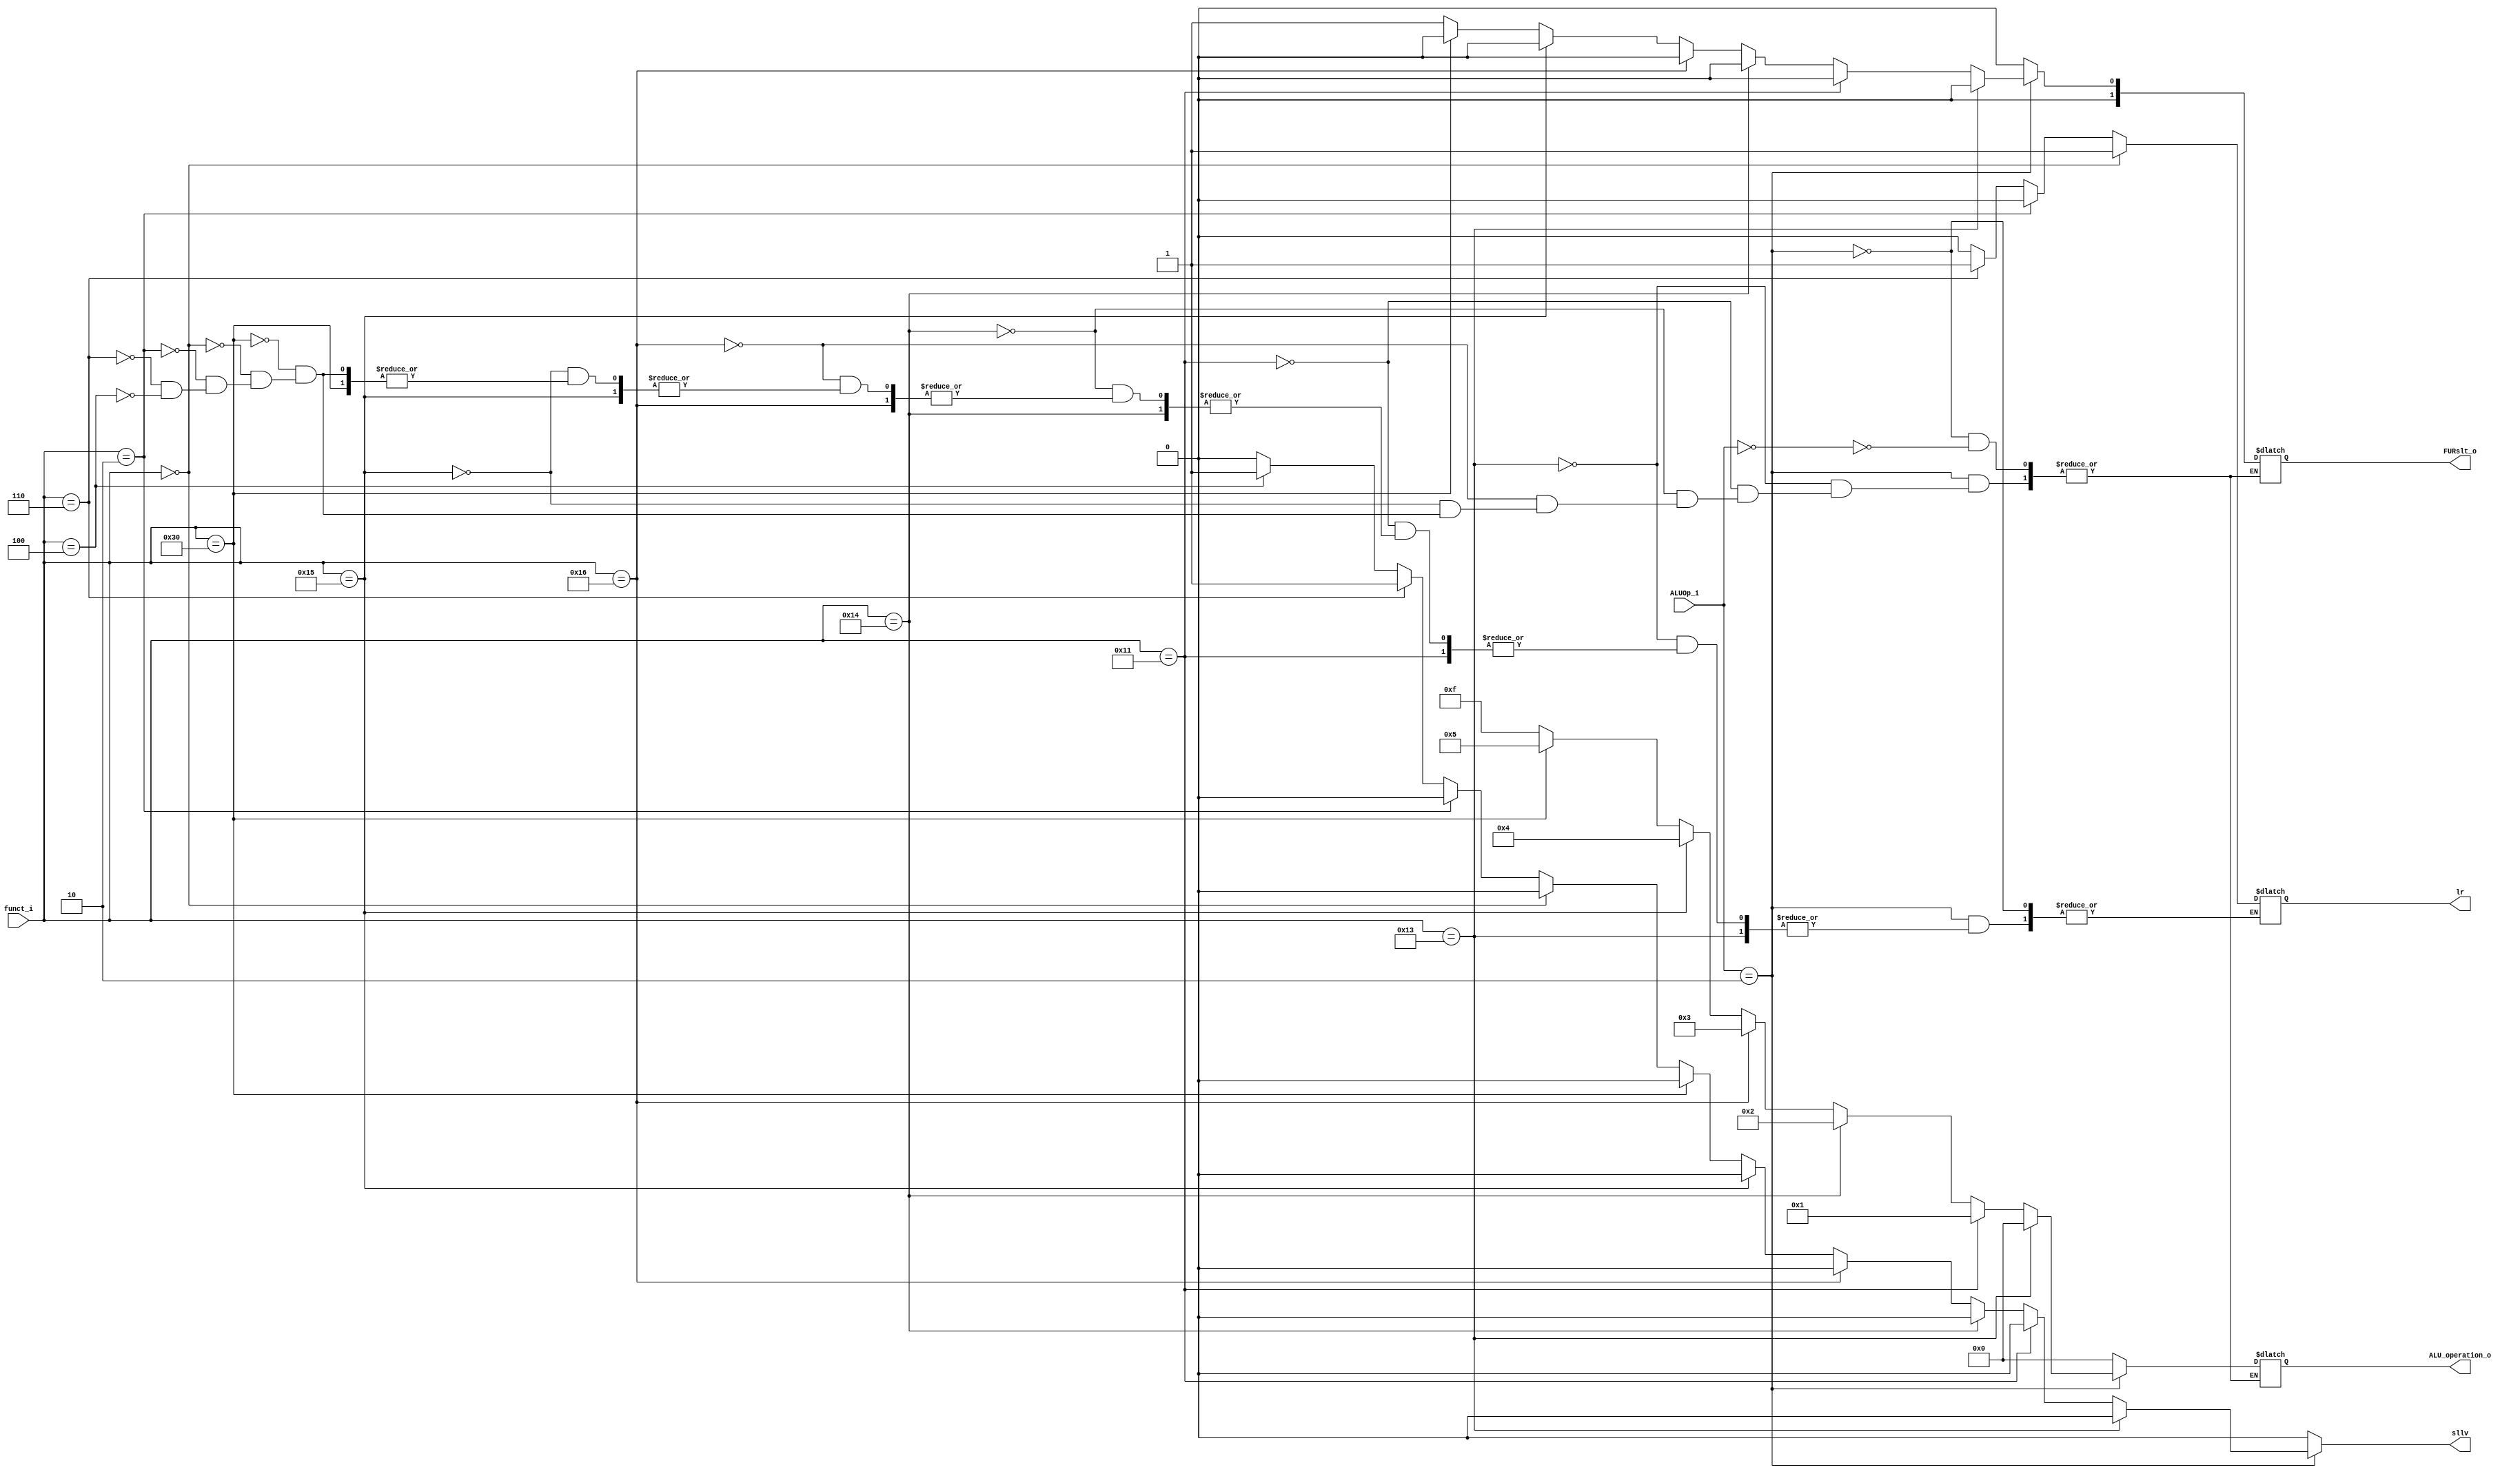
module ALU_Ctrl( funct_i, ALUOp_i, ALU_operation_o, FURslt_o , lr, sllv);

//I/O ports 
input      [6-1:0] funct_i;
input      [3-1:0] ALUOp_i;

output     [4-1:0] ALU_operation_o;  
output     [2-1:0] FURslt_o;
output     [0:0]lr;
output     [0:0]sllv;
     
//Internal Signals
reg		[4-1:0] ALU_operation_o;
reg		[2-1:0] FURslt_o;
reg     lr;
reg     sllv;

//Main function
/*your code here*/

always @ (ALUOp_i, funct_i) begin
    sllv <= 1'b0;
    if(ALUOp_i == 3'b010)begin
        if(funct_i == 6'b010011) begin
            ALU_operation_o <= 4'b0000;
            FURslt_o <= 2'b00;
        end
        else if(funct_i == 6'b010001) begin
            ALU_operation_o <= 4'b0001;
            FURslt_o <= 2'b00;
        end
        else if(funct_i == 6'b010100) begin
            ALU_operation_o <= 4'b0010;
            FURslt_o <= 2'b00;
        end
        else if(funct_i == 6'b010110) begin
            ALU_operation_o <= 4'b0011;
            FURslt_o <= 2'b00;
        end
        else if(funct_i == 6'b010101) begin
            ALU_operation_o <= 4'b0100;
            FURslt_o <= 2'b00;
        end
        else if(funct_i == 6'b110000) begin
            ALU_operation_o <= 4'b0101;
            FURslt_o <= 2'b00;
        end
        else if(funct_i == 6'b000000) begin
            ALU_operation_o <= 4'b1111;
            FURslt_o <= 2'b01;
            lr <= 1'b1;
        end
        else if(funct_i == 6'b000010) begin
            ALU_operation_o <= 4'b1111;
            FURslt_o <= 2'b01;
            lr <= 1'b0;
        end
        else if(funct_i == 6'b000110) begin
            ALU_operation_o <= 4'b1111;
            FURslt_o <= 2'b01;
            sllv<=1'b1;
            lr <= 1'b1;
        end
        else if(funct_i == 6'b000100) begin
            ALU_operation_o <= 4'b1111;
            FURslt_o <= 2'b01;
            sllv<=1'b1;
            lr <= 1'b0;
        end
    end
    else if (ALUOp_i == 3'b000) begin
        ALU_operation_o <= 4'b0000;
        FURslt_o <= 2'b00;
    end
end


endmodule